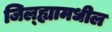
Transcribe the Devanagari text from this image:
जिल्‍ह्यामधील